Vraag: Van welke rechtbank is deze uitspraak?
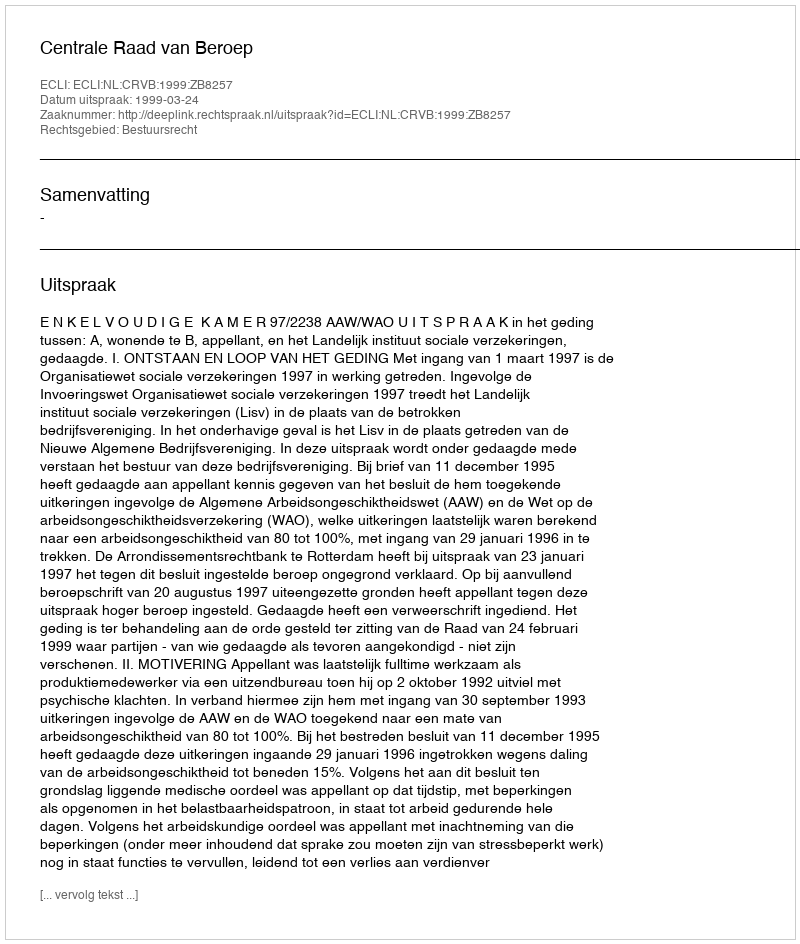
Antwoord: Centrale Raad van Beroep